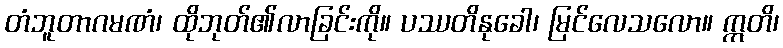
တံဘူတာဂမဏံ၊ ထိုဘုတ်၏လာခြင်းကို။ ပဿတိနုခေါ၊ မြင်လေသလော။ ဣတိ၊